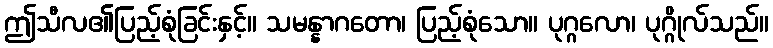
ဤသီလ၏ပြည့်စုံခြင်းနှင့်။ သမန္နာဂတော၊ ပြည့်စုံသော။ ပုဂ္ဂလော၊ ပုဂ္ဂိုလ်သည်။